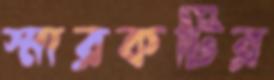
স্মারকটির